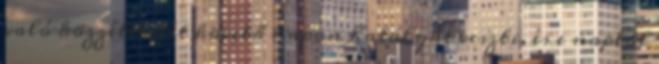
való közzétételét követő napon hatályát veszti, és e naptól